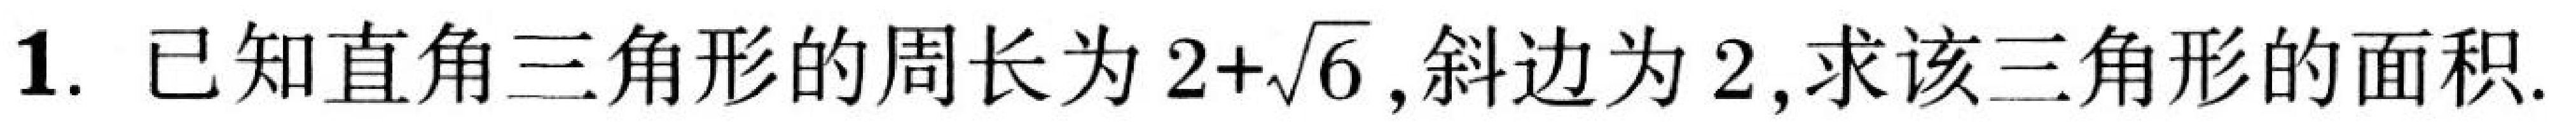
1. 已知直角三角形的周长为$2 + \sqrt{6}$,斜边为$2$,求该三角形的面积.